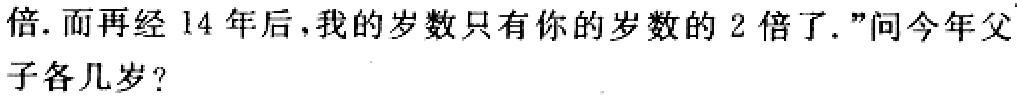
倍. 而再经14年后, 我的岁数只有你的岁数的2倍了.”问今年父子各几岁？